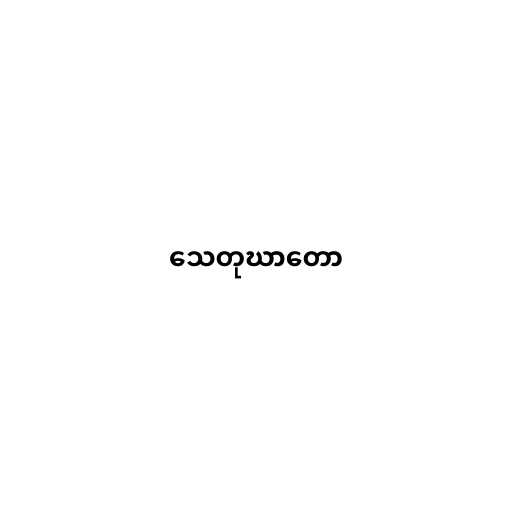
သေတုဃာတော